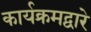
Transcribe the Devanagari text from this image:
कार्यक्रमद्वारे